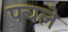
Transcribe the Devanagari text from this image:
पचले